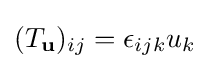
(T_{\mathbf {u} })_{ij}=\epsilon _{ijk}u_{k}